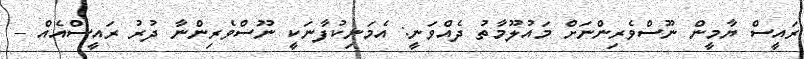
ރައީސް ޔާމީން ނޫސްވެރިންނަށް މައުލޫމާތު ދެއްވަނީ: އެމަނިކުފާނަކީ ނޫސްވެރިންނާ ދުރު ރައީސްއެއް -